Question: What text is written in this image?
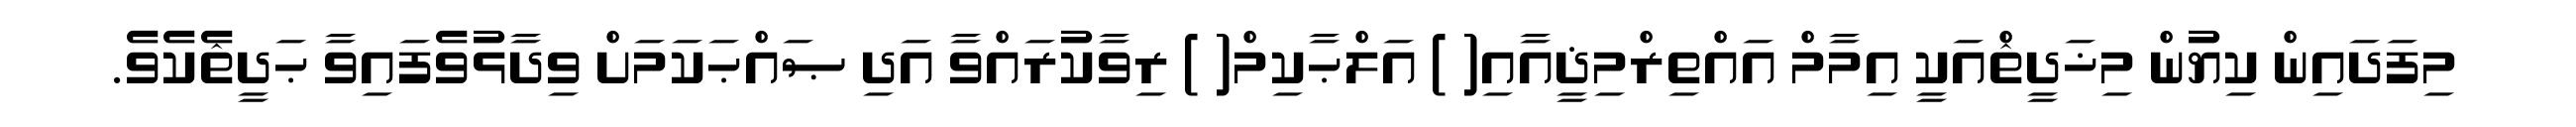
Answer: މިފަދައިން ކިޔުން މިޚަދީޘްއަކީ އިމާމް އައްތިރްމިޛީއާއި( ) އަލްޙާކިމް( ) ރިވާކުރައްވާ އަދި ޞައްޙަކަމަށް ވިދާޅުވެފައިވާ ޙަދީޘެކެވެ.